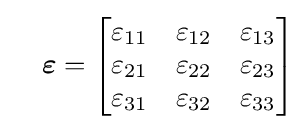
\quad {\boldsymbol {\varepsilon }}={\begin{bmatrix}\varepsilon _{11}&\varepsilon _{12}&\varepsilon _{13}\\\varepsilon _{21}&\varepsilon _{22}&\varepsilon _{23}\\\varepsilon _{31}&\varepsilon _{32}&\varepsilon _{33}\end{bmatrix}}